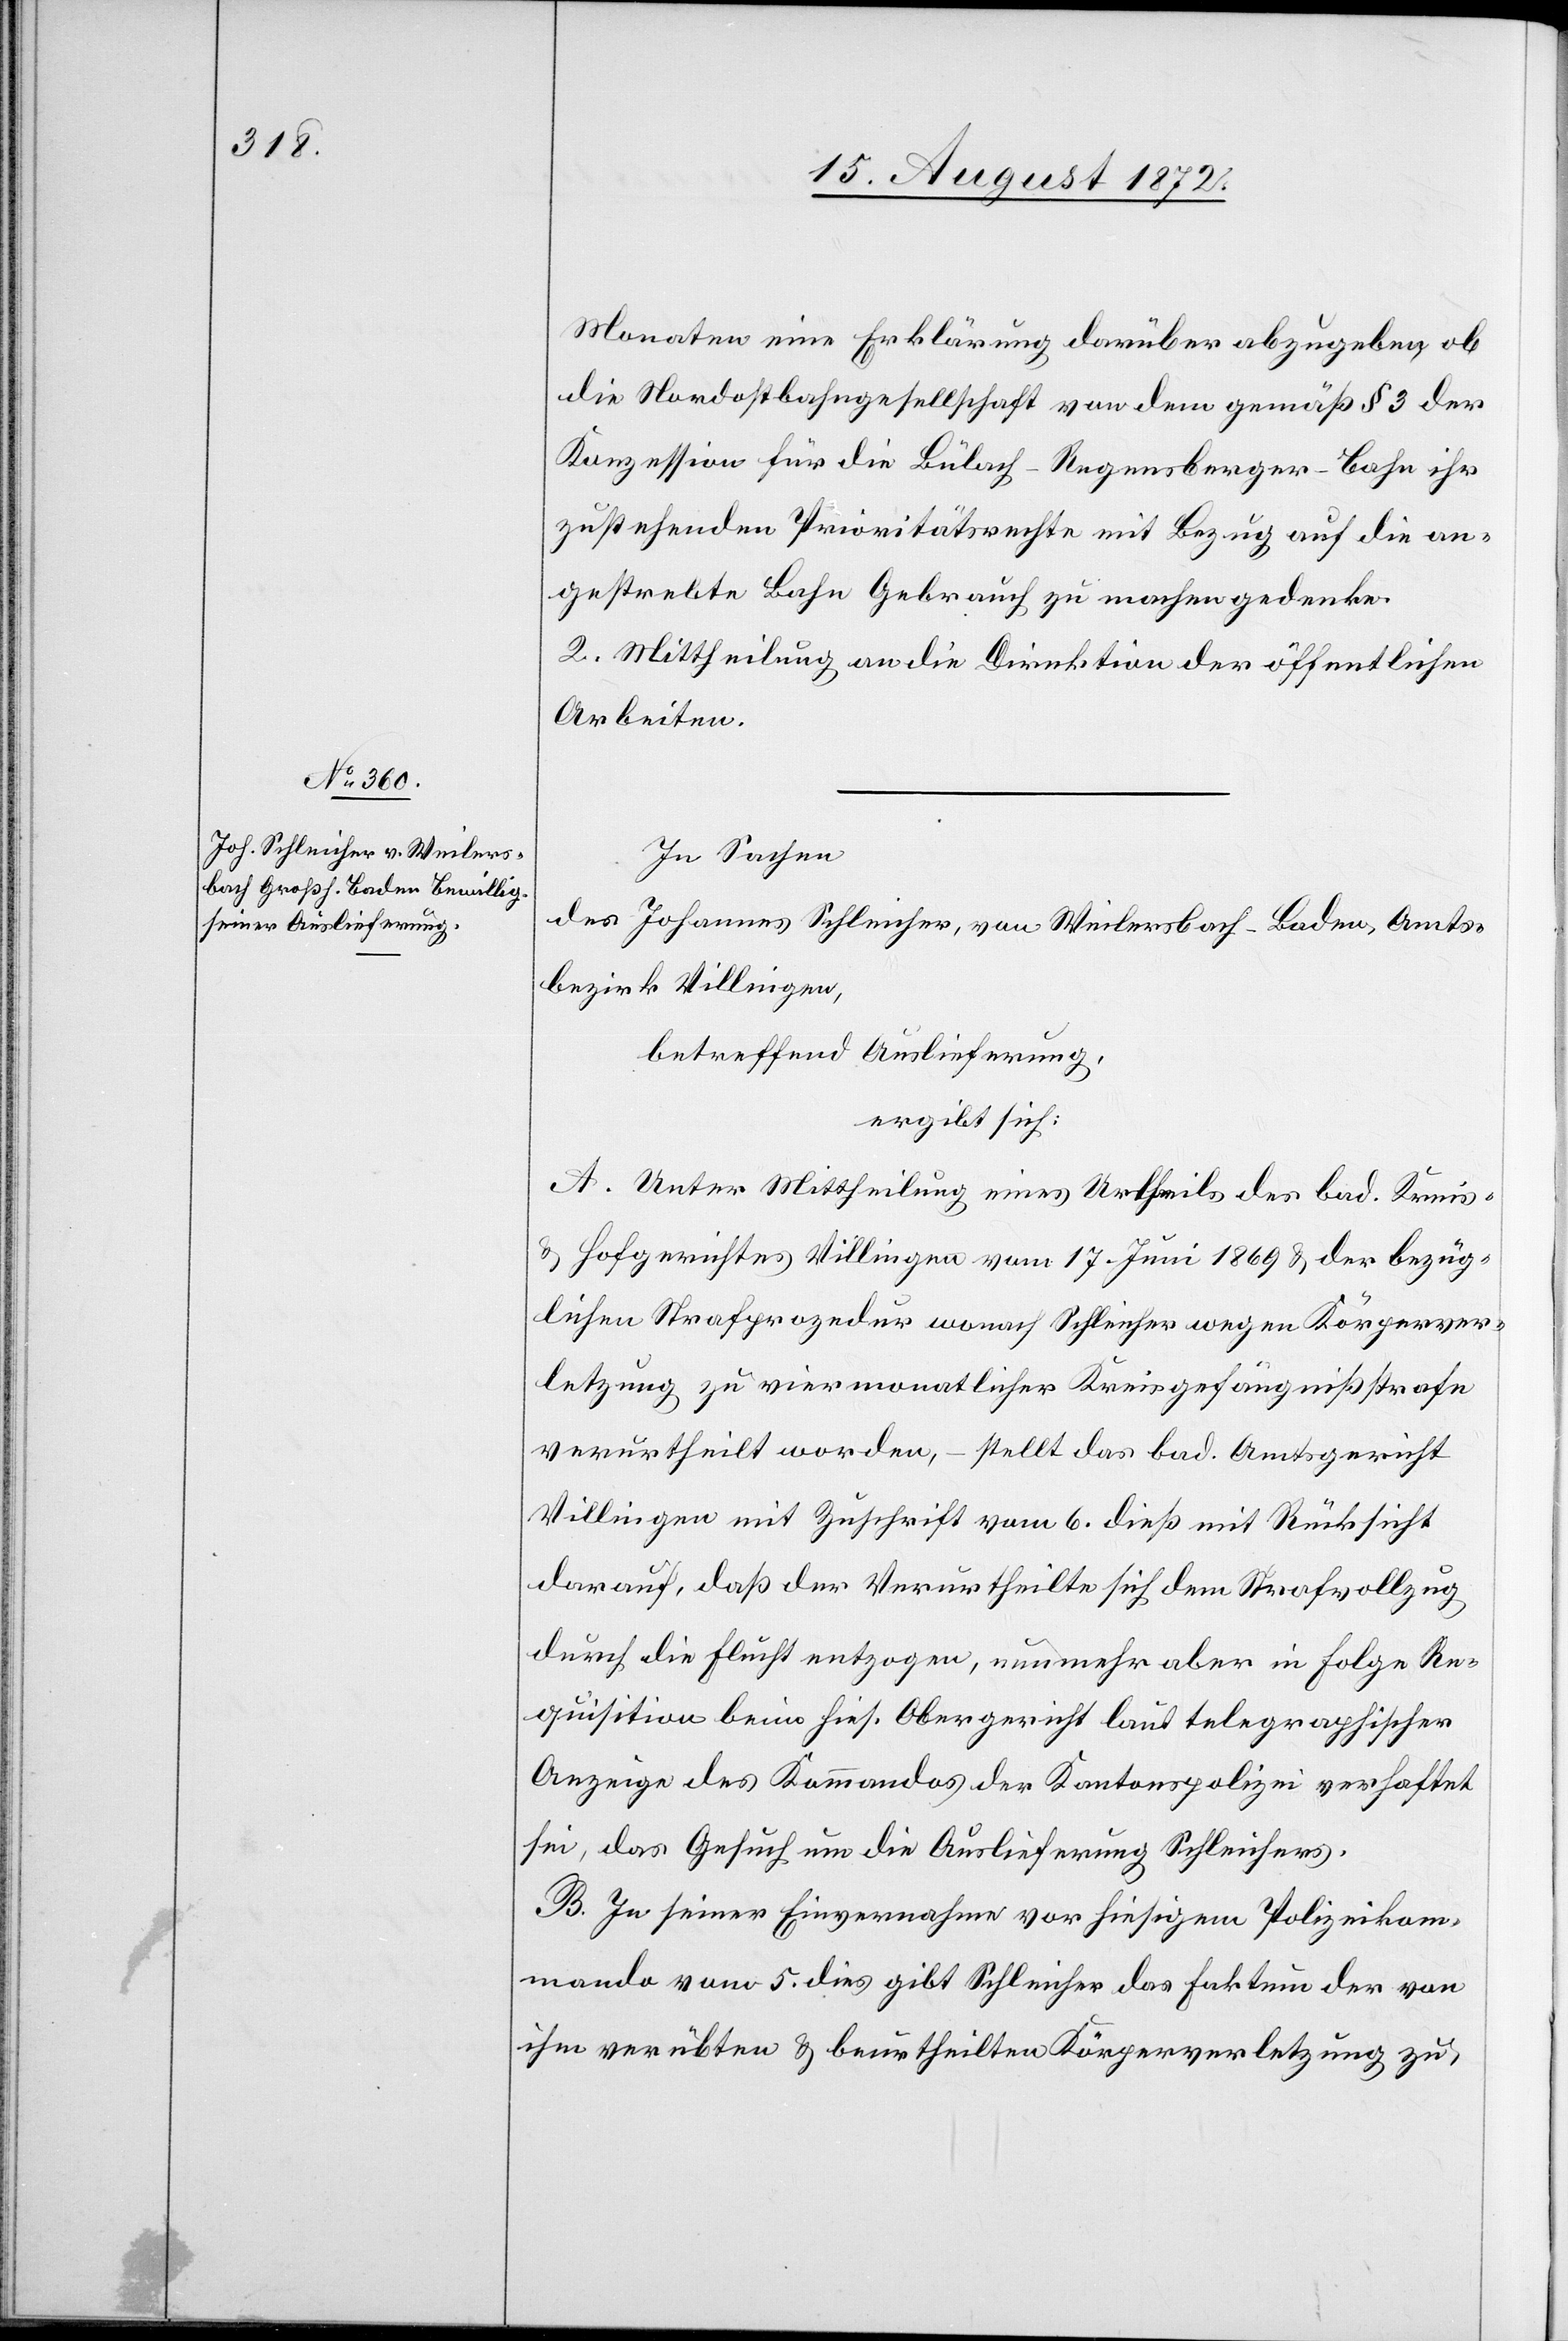
Monaten eine Erklärung darüber abzugeben ob
die Nordostbahngesellschaft von dem gemäß § 3 der
Konzession für die Bülach–Regensberger-Bahn ihr
zustehenden Prioritätsrechte mit Bezug auf die an¬
gestrebte Bahn Gebrauch zu machen gedenke.
2. Mittheilung an die Direktion der öffentlichen
Arbeiten.
In Sachen
des Johannes Schleicher, von Weilersbach-Baden, Amts¬
bezirk Villingen,
betreffend Auslieferung,
ergibt sich:
A. Unter Mittheilung eines Urtheils des bad. Kreis-
u. Hofgerichtes Villingen vom 17. Juni 1869 u. der bezüg¬
lichen Strafprozedur wonach Schleicher wegen Körperver¬
letzung zu viermonatlicher Kreisgefängnißstrafe
verurtheilt worden, – stellt das bad. Amtsgericht
Villingen mit Zuschrift vom 6. dieß mit Rücksicht
darauf, daß der Verurtheilte sich dem Strafvollzug
durch die Flucht entzogen, nunmehr aber in Folge Re¬
quisition beim hies. Obergericht laut telegraphischer
Anzeige des Kommandos der Kantonspolizei verhaftet
sei, das Gesuch um die Auslieferung Schleichers.
B. In seiner Einvernahme vor hiesigem Polizeikom¬
mando vom 5. dies gibt Schleicher das Faktum der von
ihm verübten u. beurtheilten Körperverletzung zu,